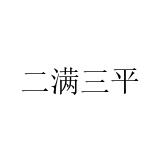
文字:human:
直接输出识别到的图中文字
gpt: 二满三平